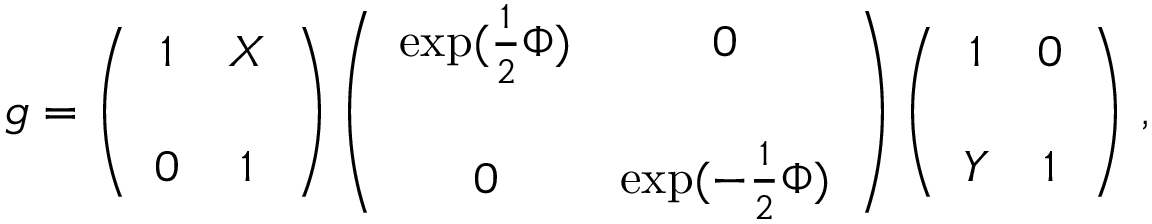
g = \left( \begin{array} { c c } { { 1 } } & { { X } } \\ { { } } & { { } } \\ { { 0 } } & { { 1 } } \end{array} \right) \left( \begin{array} { c c } { { \exp ( \frac 1 2 \Phi ) } } & { { 0 } } \\ { { } } & { { } } \\ { { 0 } } & { { \exp ( - \frac 1 2 \Phi ) } } \end{array} \right) \left( \begin{array} { c c } { { 1 } } & { { 0 } } \\ { { } } & { { } } \\ { { Y } } & { { 1 } } \end{array} \right) \, ,